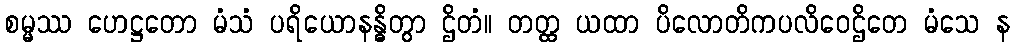
စမ္မဿ ဟေဋ္ဌတော မံသံ ပရိယောနန္ဓိတွာ ဌိတံ။ တတ္ထ ယထာ ပိလောတိကပလိဝေဌိတေ မံသေ န